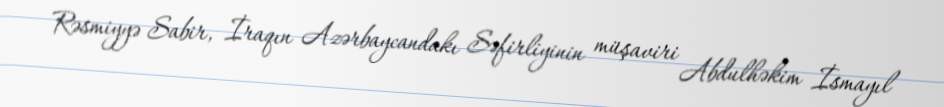
Rəsmiyyə Sabir, İraqın Azərbaycandakı Səfirliyinin müşaviri Abdulhəkim İsmayıl